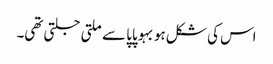
اس کی شکل ہو بہو پاپا سے ملتی جلتی تھی۔